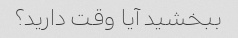
ببخشید آیا وقت دارید؟